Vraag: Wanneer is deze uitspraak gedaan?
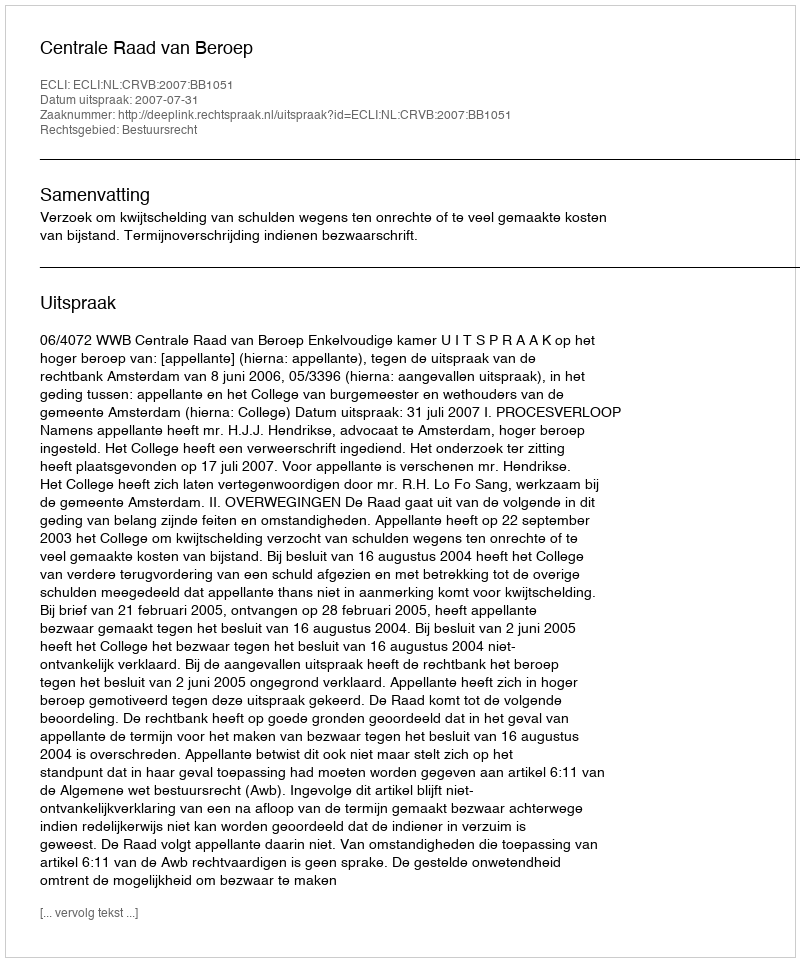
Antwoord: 2007-07-31